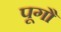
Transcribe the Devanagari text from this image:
पूगौ